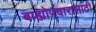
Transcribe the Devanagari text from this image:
बाह्योपचारासाठी